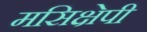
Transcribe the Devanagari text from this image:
मसिक्षेपी